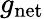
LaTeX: g_{\mathrm{net}}